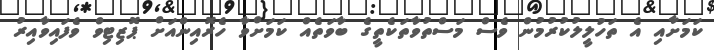
ކަމަށާއި އެ ތަހުލީލުކުރުމުން ވެސް މަސްތުވާތަކެތީގެ ބާވަތެއް ކަމަށްވާ ހެރޮއިންއަށް ޕޮޒިޓިވް ވެފައިވާއިރު